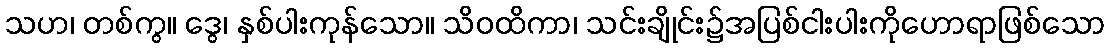
သဟ၊ တစ်ကွ။ ဒွေ၊ နှစ်ပါးကုန်သော။ သိဝထိကာ၊ သင်းချိုင်း၌အပြစ်ငါးပါးကိုဟောရာဖြစ်သော